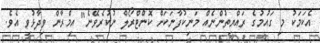
އެކަމަކު މި ގައުމުގެ ރައްޔިތުންނެއް މަނިކުފާނަކަށް ކޮންޓްރޯލް ނުކުރެވޭނެ" އިމްރާން ވިދާޅުވި އެވެ.